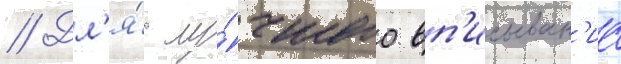
// Дл'я́ лу́чшего вп'исыван'иа